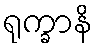
ရုက္ခာနိ